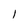
Character: l